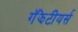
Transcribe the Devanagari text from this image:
गॅझेटीयर्स